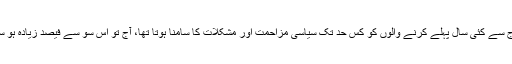
ایسا تو آج سے کئی سال پہلے کرنے والوں کو کس حد تک سیاسی مزاحمت اور مشکلات کا سامنا ہوتا تھا، آج تو اس سو سے فیصد زیادہ ہو سکتا ہے۔